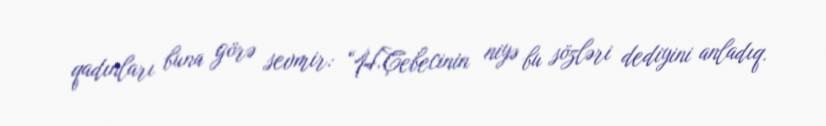
qadınları buna görə sevmir: “H.Çebecinin niyə bu sözləri dediyini anladıq.